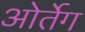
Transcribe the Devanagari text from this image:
ओर्तेग